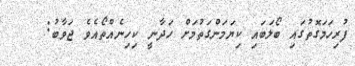
ފުރިހަމަގޮތުގައި ބޯލަބައި ކިޔަމަންގަތުމަށް ހަދާނީ ކިހިނެއްތޯއެވެ ޖަވާބު: